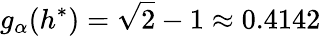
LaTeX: g_{\alpha}(h^{*})=\sqrt{2}-1\approx 0.4142